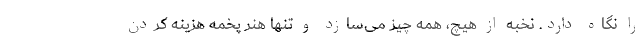
را نگاه دارد. نخبه از هیچ، همه چیز می‌سازد و تنها هنر پخمه هزینه کردن